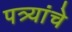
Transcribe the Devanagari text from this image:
पत्र्यांचे